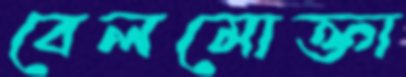
বেলমোক্তা